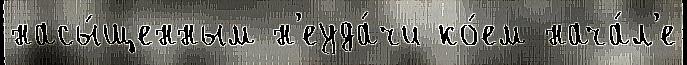
насы́щенным н'еуда́чи ко́ем нача́л'е